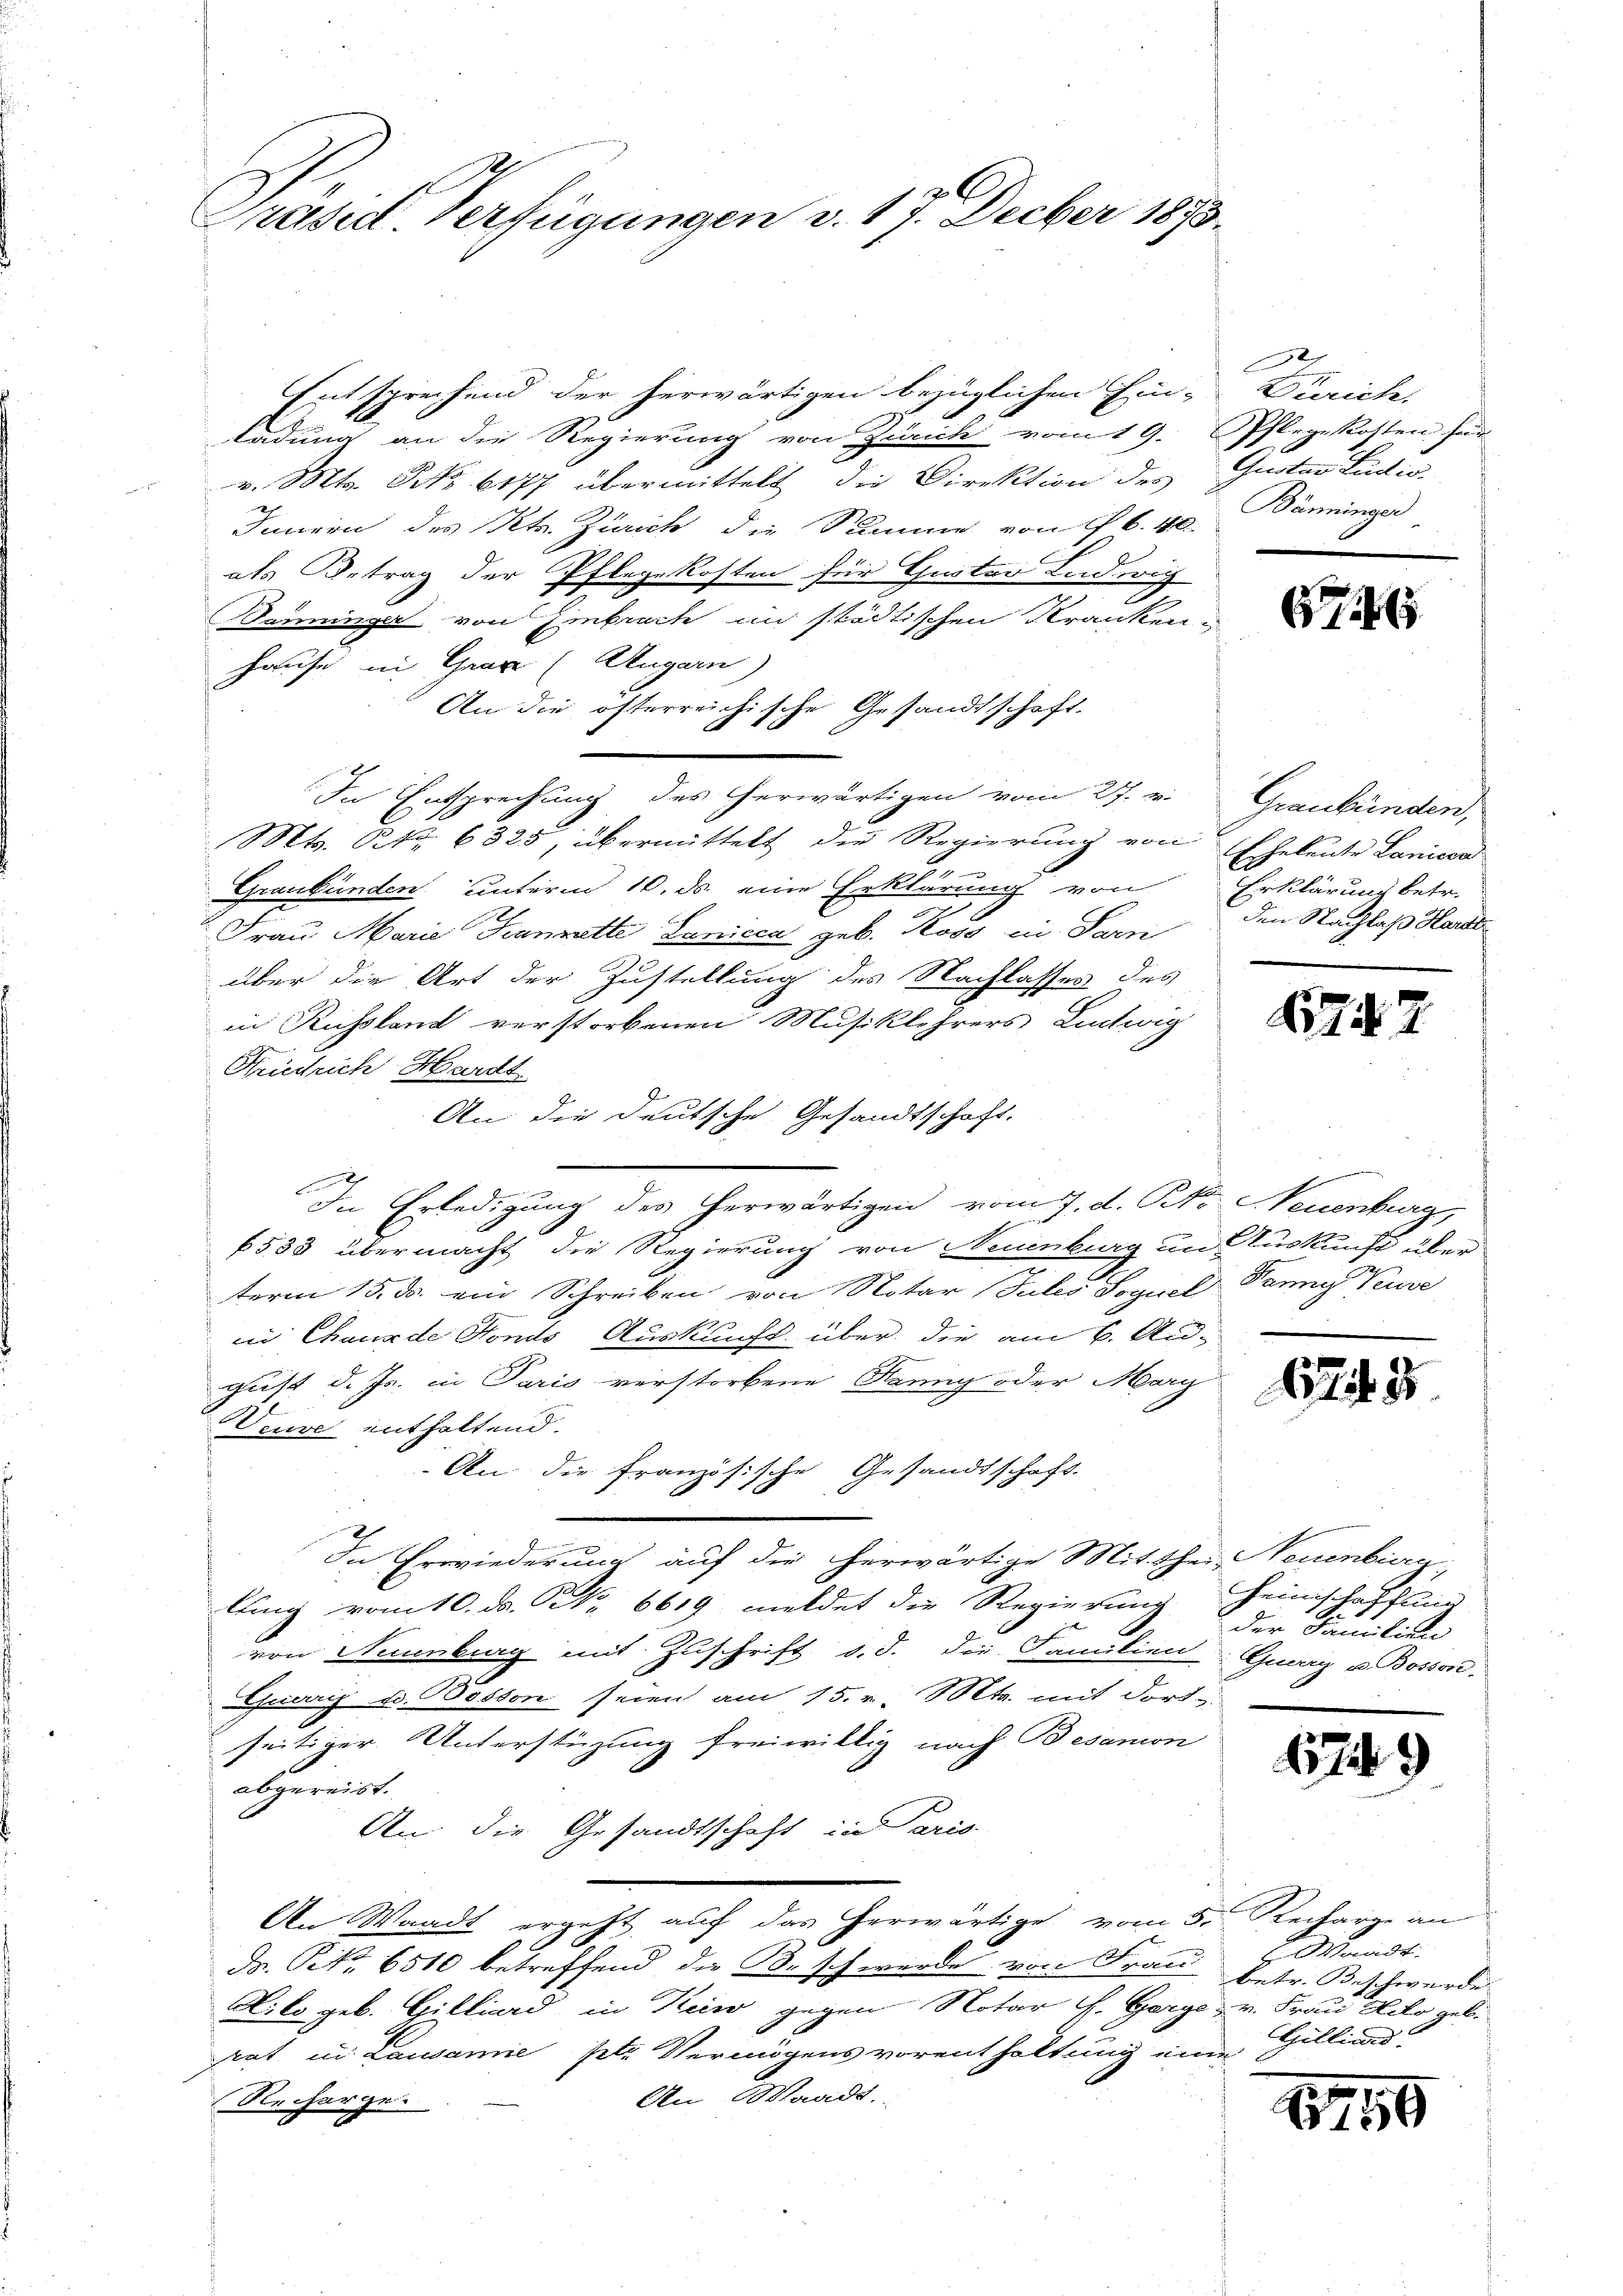
Präsit Verfügungen v. 17. Dieber 1873.

Entsprechend der herwärtigen bezüglichen Ein-Zürich,
ladung an die Regierung von Zürich vom 19. Pflegekosten für
v. Mts. No. 6177 übermittelt, die Direktion des Grotes Ludio
Innern des Kts. Zürich die Summe von 16. 40
als Betrag der Pflegekosten für Guter Ludwig
Seminger von Embrach in städtischen Kranken-
Hause in Grare (Augarn)
An die österreichische Gesandtschaft.
In Entsprechung des herwärtigen vom 27. v.
Mts. Btz. 6325, übermittelt die Regierung von Eheleute Lanicor
s
 Graubünden unterm 10. ds. eine Erklärung von
Frau Marie Franzatte Lanicca geb. Koss in Sarn
über die Art der Zustellung des Nachlassen des
in Russland verstorbenen Musiklehrers Ludwig
Hiedrich Hardt.
An die deutsche Gesandtschaft.
r
In Erledigung des herwärtigen vom 7. d. Rt. Neuenburg,
6533 übermacht die Regierung von Neuenburg in Auskunft über
term 15. ds. ein Schreiben von Notar Julis Soguel Danny Neuve
in Chaux de Fonds Auskunft über die am 6. Au-
gust d. Js. in Paris verstorbene Hanny oder Marg
Weuse enthaltend.
An die Französische Gesandtschaft.
a
x
In Erwiederung auf die herwärtige Mitthei- Neuenburg
lling vom 10. d. NNo. 6619 meldet die Regierung seinschaffung
von Neuenburg mit Zuschrift d. d. die Familien
Gecerris d. Bosson seien am 15. v. Mts. mit dort-
seitiger Unterstüzung freiwillig nach Besanion
abgereist. |
An die Gesandtschaft in Paris.
An Waadt ergeht auf das herwärtige vom 5. Reitarge an
Dr. R. 6510 betreffend die B. schwerde von Frau
Liko geb. Gilliard in Hein gegen Notar G. Gerge
grat in Lausanne sete Vermögens vorenthaltung eine
An Waadt.
Recharge.

e
Bänninger

6746

Graubünden,
Erklärung betr.
den Nachlaß Hardt

7

1743.

der Familien
Guarry u. Bossen.

11749

mast.
betr. Beschwerde
v. Frau Kilo geb.
Gillinad

1710